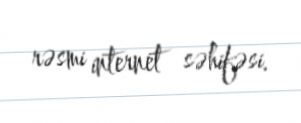
rəsmi internet səhifəsi.